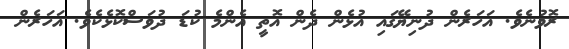
ރޮވުނެވެ. އަހަރެން ދުނިޔޭގައި އުޅެން ދެން އޮތީ އެންމެ ކުޑަ ދުވަސްކޮޅެކެވެ. އަހަރެން